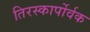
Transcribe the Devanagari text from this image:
तिरस्कार्पोर्वक